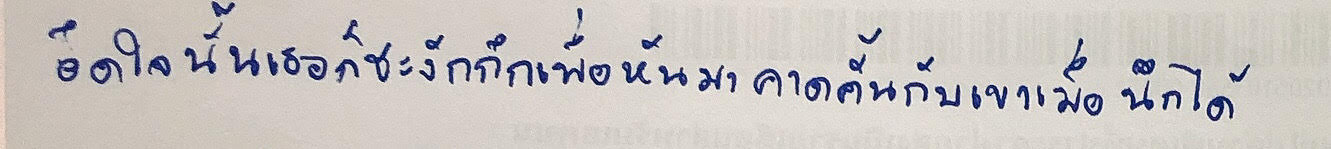
อึดใจนั้นเธอก็ชะงักกึกเพื่อหันมาคาดคั้นกับเขาเมื่อนึกได้